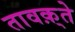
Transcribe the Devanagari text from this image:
तावक़्ते